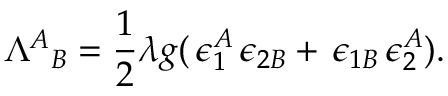
{ \Lambda ^ { A } } _ { B } = \frac { 1 } { 2 } \lambda g ( \, \epsilon _ { 1 } ^ { A } \, \epsilon _ { 2 B } + \, \epsilon _ { 1 B } \, \epsilon _ { 2 } ^ { A } ) .